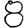
Digit: 8